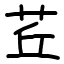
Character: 茊